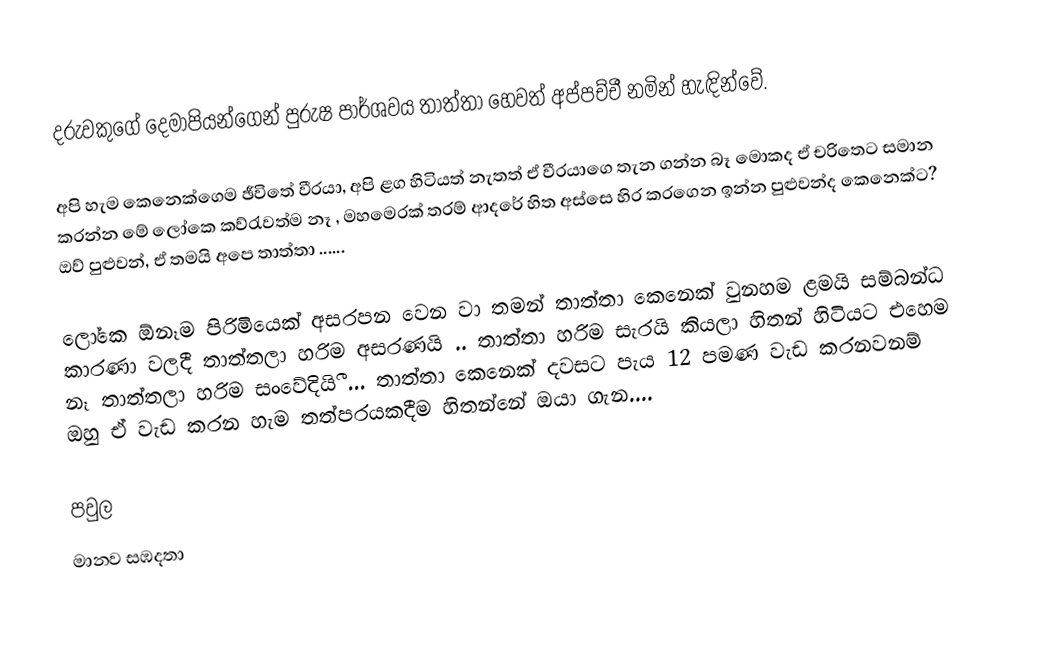
දරුවකුගේ දෙමාපියන්ගෙන් පුරුෂ පාර්ශවය තාත්තා හෙවත් අප්පච්චී නමින් හැඳින්වේ.

අපි හැම කෙනෙක්ගෙම ඡීවිතේ වීරයා,  අපි ළග හිටියත් නැතත් ඒ වීරයාගෙ තැන ගන්න බෑ මොකද ඒ චරිතෙට සමාන කරන්න මේ ලෝ‍කෙ කව්රැවත්ම නෑ , මහමෙරක් තරම් ආදරේ හිත අස්සෙ හිර කරගෙන ඉන්න පුළුවන්ද කෙනෙක්ට?   ඔව් පුළුවන්,    ඒ තමයි අපෙ   තාත්තා ......

ලෝකෙ ඕනෑම පිරිමියෙක් අසරපන වෙන වා තමන් තාත්තා කෙනෙක් වුනහම  ළමයි සම්බන්ධ කාරණා වලදී තාත්තලා හරිම අසරණයි ..    තාත්තා හරිම සැරයි කියලා හිතන් හිටියට එහෙම නෑ තාත්තලා හරිම සංවේදියිී  ...   තාත්තා කෙනෙක් දවසට පැය 12 පමණ වැඩ කරනවනම් ඔහු ඒ වැඩ කරන හැම තත්පර‍යකදීම හිතන්නේ ඔයා ගැන....

පවුල
මානව සඹදතා